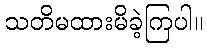
သတိမထားမိခဲ့ကြပါ။